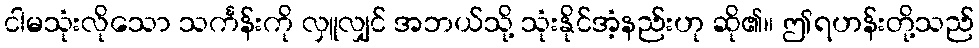
ငါမသုံးလိုသော သင်္ကန်းကို လှူလျှင် အဘယ်သို့ သုံးနိုင်အံ့နည်းဟု ဆို၏။ ဤရဟန်းတို့သည်